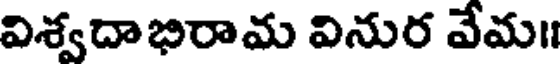
విశ్వదాభిరామ వినుర వేమ॥